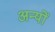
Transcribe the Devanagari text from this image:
अन्‍यों